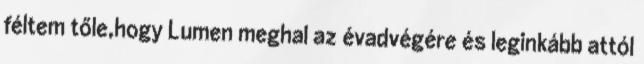
féltem tőle,hogy Lumen meghal az évadvégére és leginkább attól